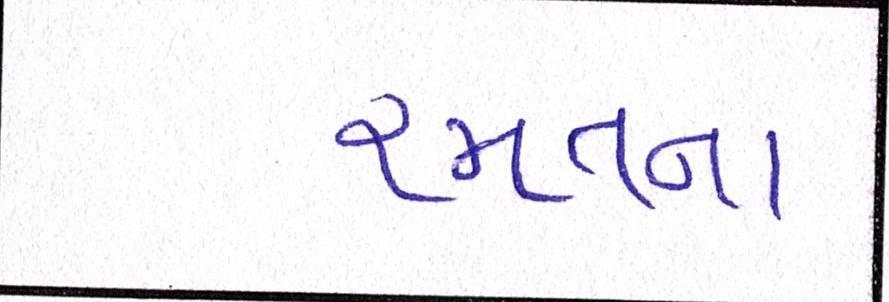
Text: રમતના